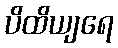
ပိထိယျရေ